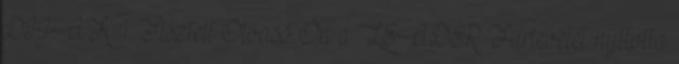
DÍJAK 1. Tisztelt Olvasó Ön a LEADER Hírlevelét nyitotta